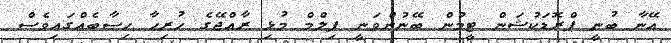
އޭނާ ބުނީ ޕްރޮޑަކުޝަން ޓީމުން ބޭނުންވަނީ ފިލްމް މުޅި ރާއްޖޭގެ ހުރިހާ ހިސާބެއްގައިވެސް